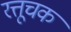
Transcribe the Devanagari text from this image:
रत्तूचक